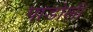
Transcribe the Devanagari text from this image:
पाडोली